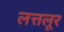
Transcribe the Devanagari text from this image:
लत्तलूर